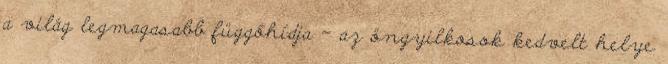
a világ legmagasabb függőhídja – az öngyilkosok kedvelt helye